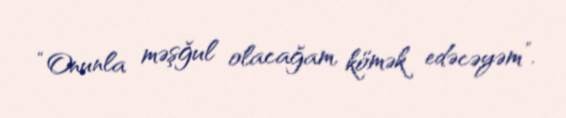
“Onunla məşğul olacağam, kömək edəcəyəm”.